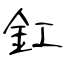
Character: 釭